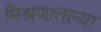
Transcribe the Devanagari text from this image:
मिश्रणातल्या